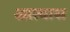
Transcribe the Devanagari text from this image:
आत्यास